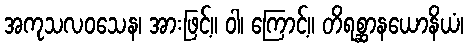
အကုသလဝသေန၊ အားဖြင့်။ ဝါ၊ ကြောင့်။ တိရစ္ဆာနယောနိယံ၊